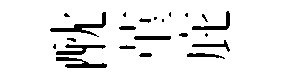
酖堇庇